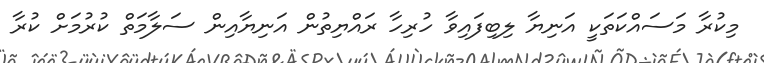
މިކުރާ މަސައްކަތަކީ އަނިޔާ ލިބިފައިވާ ހުރިހާ ރައްޔިތުން އަނިޔާއިން ސަލާމަތް ކުރުމަށް ކުރާ